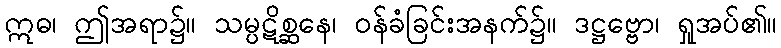
ဣဓ၊ ဤအရာ၌။ သမ္ပဋိစ္ဆနေ၊ ဝန်ခံခြင်းအနက်၌။ ဒဋ္ဌဗ္ဗော၊ ရှုအပ်၏။